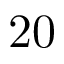
2 0